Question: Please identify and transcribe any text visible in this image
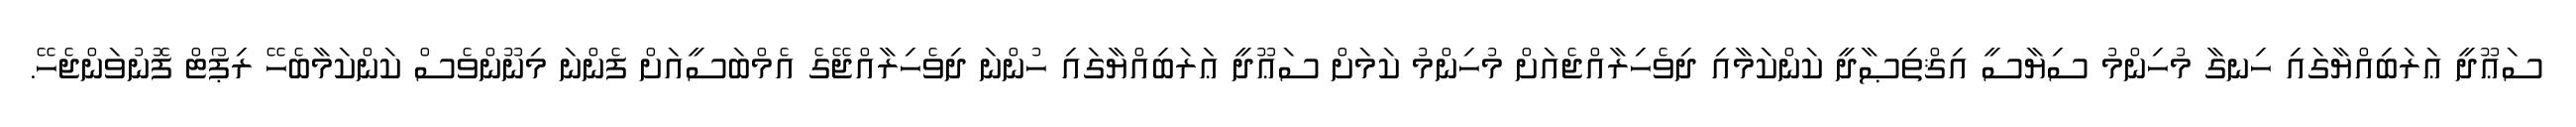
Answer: ސަޢޫދީ ޢަރަބިއްޔާގައި ހިނގާ މުހިންމު ސިޔާސީ އިޤްތިޞާދީ ކަންކަމާއި ދިވެހިރާއްޖެއަށް މުހިންމު ކަމަށް ސަޢޫދީ ޢަރަބިއްޔާގައި ހުންނަ ދިވެހިރާއްޖޭގެ އެމްބަސީއަށް ފެންނަ މިނޫންވެސް ކަންކަމާބެހޭ ރިޕޯޓް ފޮނުވަންޖެހޭ.